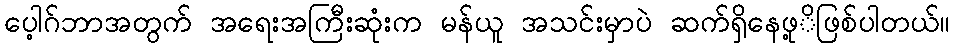
ပေ့ါဂ်ဘာအတွက် အရေးအကြီးဆုံးက မန်ယူ အသင်းမှာပဲ ဆက်ရှိနေဖု့ိဖြစ်ပါတယ်။